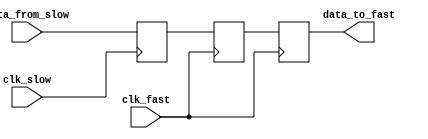
module slow2fast_EdgeDetect(
    input  wire     clk_slow,
    input  wire     clk_fast,
    input  wire     data_from_slow,
    output wire     data_to_fast
    );

    reg  data_from_slow_r;

    reg  data_d;
    reg  data_d1;
    reg  data_d2;

    always@(posedge clk_slow) begin 
        data_from_slow_r <= data_from_slow;
    end

    always@(posedge clk_fast) begin 
        data_d  <= data_from_slow_r;
        data_d1 <= data_d;
        data_d2 <= data_d1;
    end

assign data_to_fast = data_d1;
assign data_to_fast_posedge  = data_d1 & ~data_d2;//
assign data_to_fast_negedge  = ~data_d1 & data_d2;//
endmodule